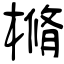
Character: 樇